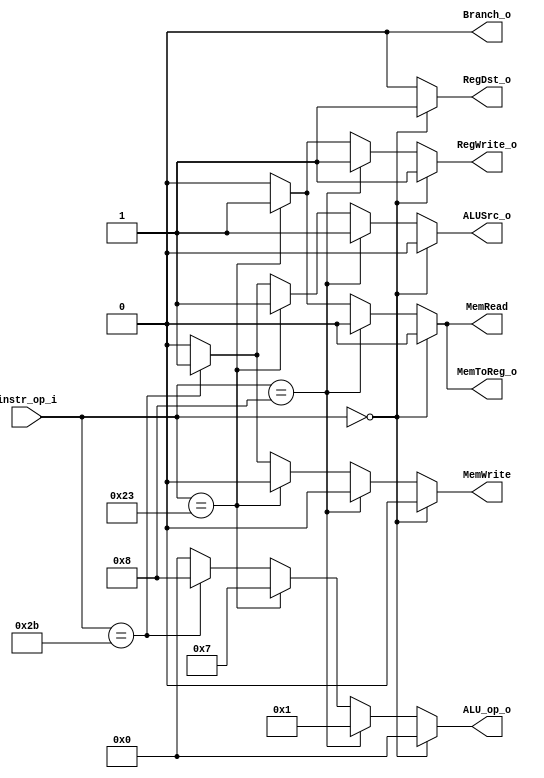
//Subject:     CO project 2 - Decoder
//--------------------------------------------------------------------------------
//Version:     1
//--------------------------------------------------------------------------------
//Writer:      
//----------------------------------------------
//Date:        
//----------------------------------------------
//Description: 
//--------------------------------------------------------------------------------

module Decoder(
    instr_op_i,
	RegWrite_o,
	ALU_op_o,
	ALUSrc_o,
	RegDst_o,
	Branch_o,
	MemToReg_o,
	MemRead,
	MemWrite
	);
     
//I/O ports
input  [6-1:0] instr_op_i;

output         RegWrite_o;
output [4-1:0] ALU_op_o;
output         ALUSrc_o;
output         RegDst_o;
output         Branch_o;
output			MemToReg_o;
output			MemRead;
output			MemWrite;
//Internal Signals
reg    [4-1:0] ALU_op_o;
reg            ALUSrc_o;
reg            RegWrite_o;
reg            RegDst_o;
reg            Branch_o;
reg				MemToReg_o;
reg				Branchtype;
reg				Jump;
reg				MemRead;
reg				MemWrite;
reg				cjal;
//Parameter


//Main function

always@(*)begin
	if(instr_op_i==0)begin//R-type
		ALU_op_o <= 0; ALUSrc_o <= 0; RegWrite_o <= 1;
		RegDst_o <= 1; Branch_o <= 0; MemToReg_o <= 0;
		Branchtype <= 0; Jump <= 0;
		MemRead <= 0; MemWrite <= 0; cjal <= 0;
	end
	else if(instr_op_i==8)begin//ADDI
		ALU_op_o <= 1; ALUSrc_o <= 1; RegWrite_o <= 1;
		RegDst_o <= 0; Branch_o <= 0; MemToReg_o <= 0;
		Branchtype <= 0; Jump <= 0;
		MemRead <= 0; MemWrite <= 0; cjal <= 0;
	end
	else if(instr_op_i==6'b100011)begin//LW
		ALU_op_o <= 7; ALUSrc_o <= 1; RegWrite_o <= 1;
		RegDst_o <= 0; Branch_o <= 0; MemToReg_o <= 1;
		Branchtype <= 0; Jump <= 0;
		MemRead <= 1; MemWrite <= 0; cjal <= 0;
	end
	else if(instr_op_i==6'b101011)begin//SW
		ALU_op_o <= 8; ALUSrc_o <= 1; RegWrite_o <= 0;
		RegDst_o <= 0; Branch_o <= 0; MemToReg_o <= 0;
		Branchtype <= 0; Jump <= 0;
		MemRead <= 0; MemWrite <= 1; cjal <= 0;
	end
	else begin
		ALU_op_o <= 0; ALUSrc_o <= 0; RegWrite_o <= 0;
		RegDst_o <= 0; Branch_o <= 0; MemToReg_o <= 0;
		Branchtype <= 0; Jump <= 0;
		MemRead <= 0; MemWrite <= 0; cjal <= 0;
	end
	/*else if(instr_op_i==6'b000000)begin//JR
		ALU_op_o <= 0; ALUSrc_o <= 0; RegWrite_o <= 1;
		RegDst_o <= 1; Branch_o <= 0; MemToReg_o <= 0;
		Branchtype <= 0; Jump <= 0;
		MemRead <= 0; MemWrite <= 0; cjal <= 0;
	end*/
end

endmodule